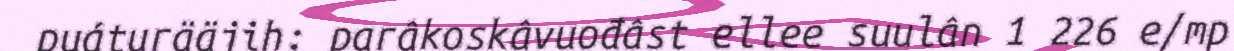
puáturääjih: parâkoskâvuođâst ellee suulân 1 226 e/mp